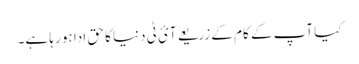
کیا آپ کے کام کے زریعے آئ ٹی دنیا کا حق ادا ہو رہا ہے۔